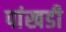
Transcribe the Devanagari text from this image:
पांखडी